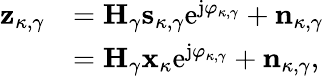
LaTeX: \begin{array}{rl}{\mathbf{z}_{\kappa,\gamma}}&{=\mathbf{H}_{\gamma}\mathbf{s}_{\kappa,\gamma}\mathrm{e}^{\mathrm{j}\varphi_{\kappa,\gamma}}+\mathbf{n}_{\kappa,\gamma}}\\ &{=\mathbf{H}_{\gamma}\mathbf{x}_{\kappa}\mathrm{e}^{\mathrm{j}\varphi_{\kappa,\gamma}}+\mathbf{n}_{\kappa,\gamma},}\end{array}